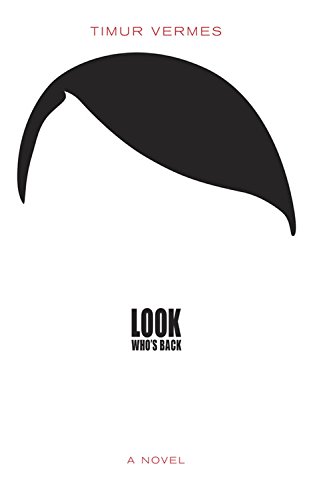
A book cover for Look Who's Back; Timur Vermes; Science Fiction & Fantasy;